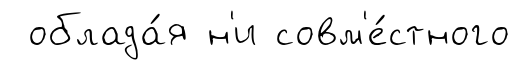
облада́я н'и совм'е́стного